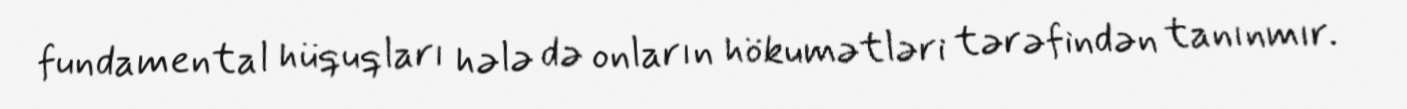
fundamental hüquqları hələ də onların hökumətləri tərəfindən tanınmır.